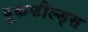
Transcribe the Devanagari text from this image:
ब्रूकफील्ड्स